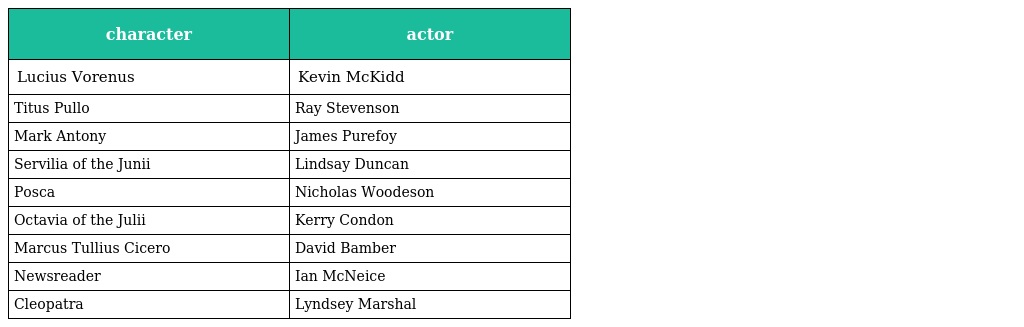
| character | actor |
 | --- | --- |
 | Lucius Vorenus | Kevin McKidd |
 | Titus Pullo | Ray Stevenson |
 | Mark Antony | James Purefoy |
 | Servilia of the Junii | Lindsay Duncan |
 | Posca | Nicholas Woodeson |
 | Octavia of the Julii | Kerry Condon |
 | Marcus Tullius Cicero | David Bamber |
 | Newsreader | Ian McNeice |
 | Cleopatra | Lyndsey Marshal |